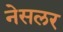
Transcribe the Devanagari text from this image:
नेसलर